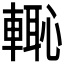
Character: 𮝡